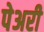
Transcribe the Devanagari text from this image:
पेअरी